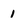
Character: 1